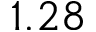
1 . 2 8